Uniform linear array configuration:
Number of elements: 24
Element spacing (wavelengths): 0.75
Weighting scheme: exponential
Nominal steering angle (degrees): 15
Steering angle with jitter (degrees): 15.453
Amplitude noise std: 0.05
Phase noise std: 0.05

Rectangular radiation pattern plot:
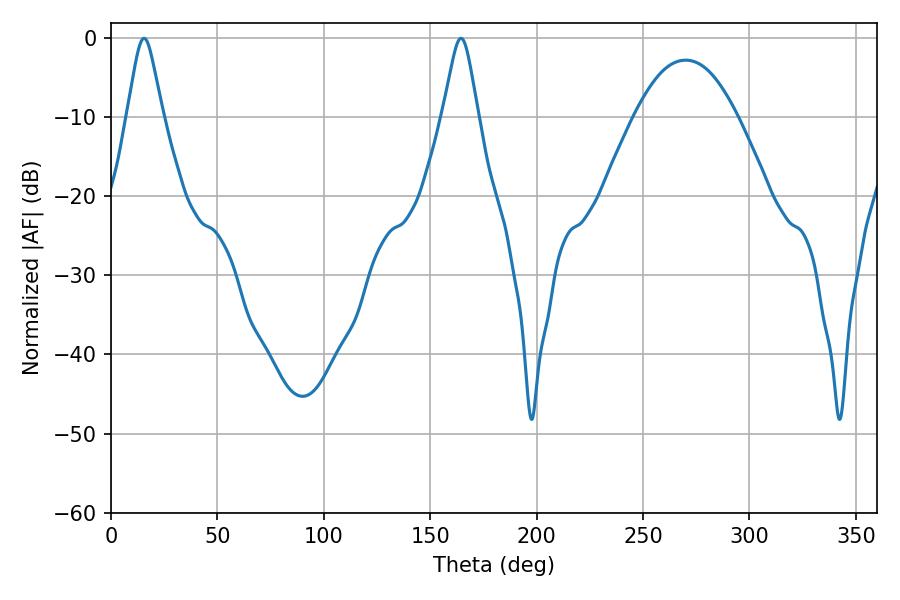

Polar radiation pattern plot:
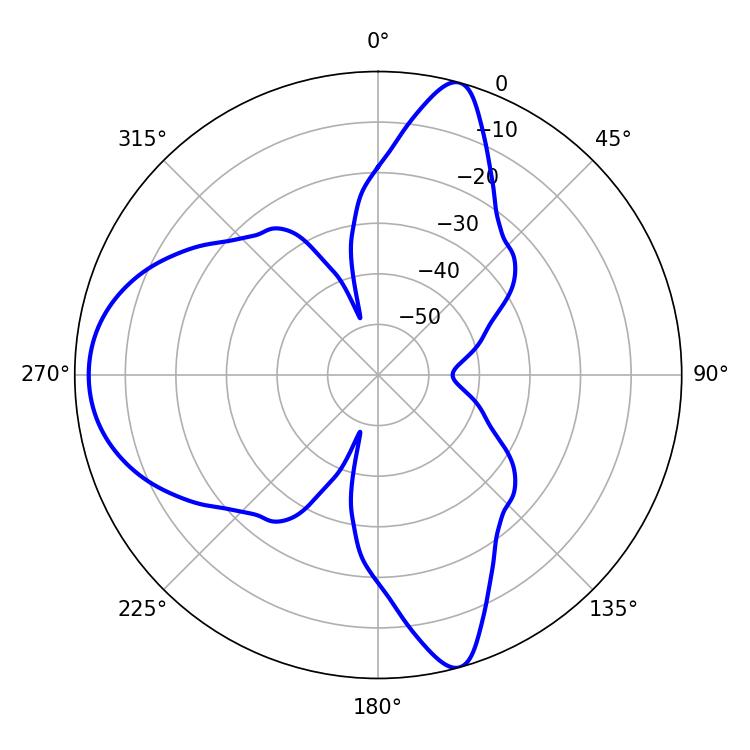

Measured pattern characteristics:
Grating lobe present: TRUE
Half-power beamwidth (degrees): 7.92
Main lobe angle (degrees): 15.48